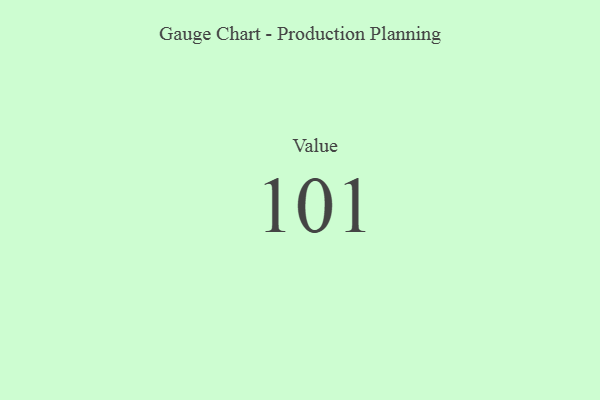
{"axis": {"x": "Metric", "y": "Value"}, "legend": [""], "data": [{"x": "Value", "y": 101, "type": ""}]}